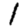
Digit: 1